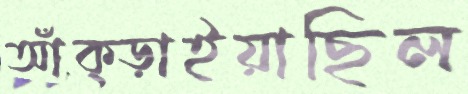
আঁক্‌ড়াইয়াছিল